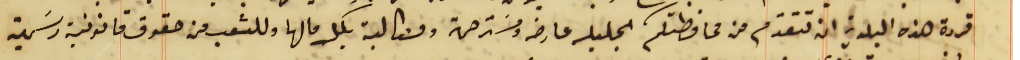
قررة هذه البلدية ان تتقدّم من محافظتكم الجليلة عارضه ومسَترحمة ومطالبة بكل مالها وللشعب من حقوق قانونية رسَمية